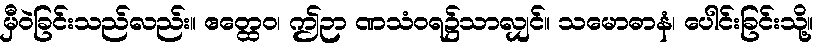
မှီဝဲခြင်းသည်လည်း။ ဧတ္ထေဝ၊ ဤဉာ ဏသံဝရ၌သာလျှင်။ သမောဓာနံ၊ ပေါင်းခြင်းသို့။